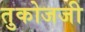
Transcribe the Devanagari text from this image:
तुकोजजी